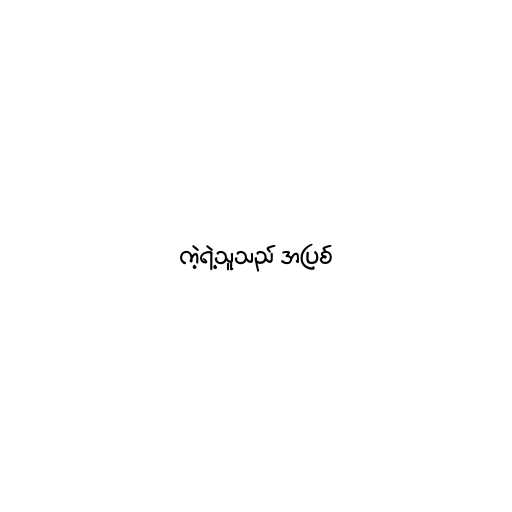
ကဲ့ရဲ့သူသည် အပြစ်